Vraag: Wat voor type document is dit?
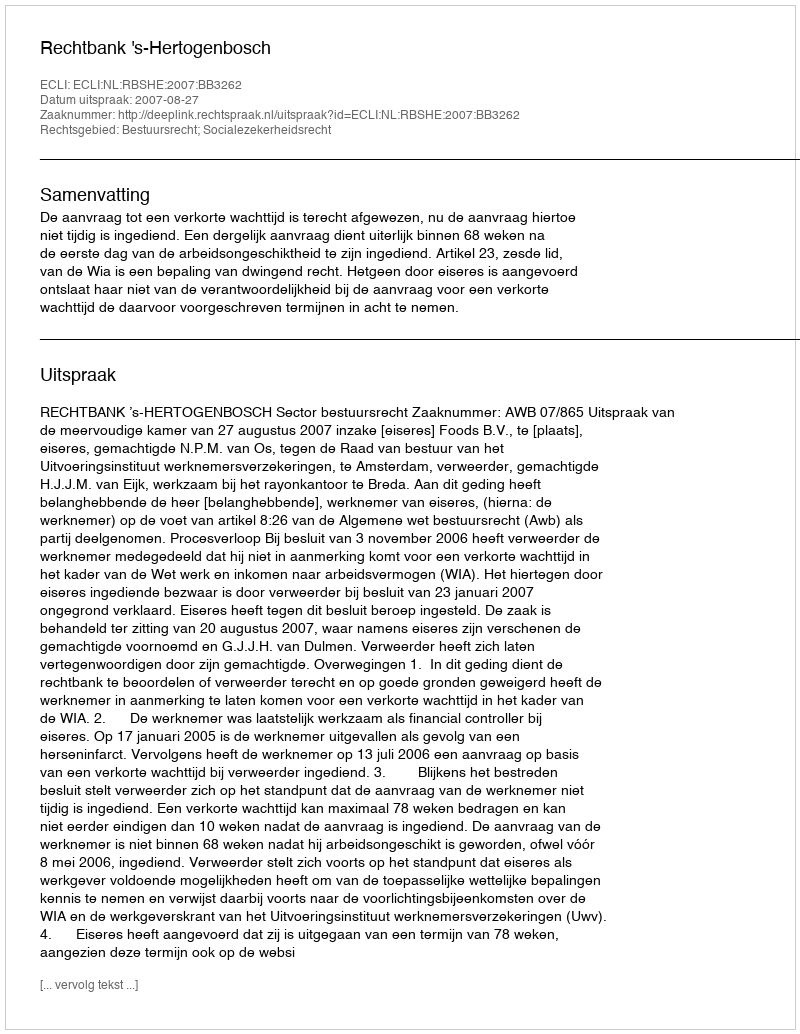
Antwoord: Uitspraak